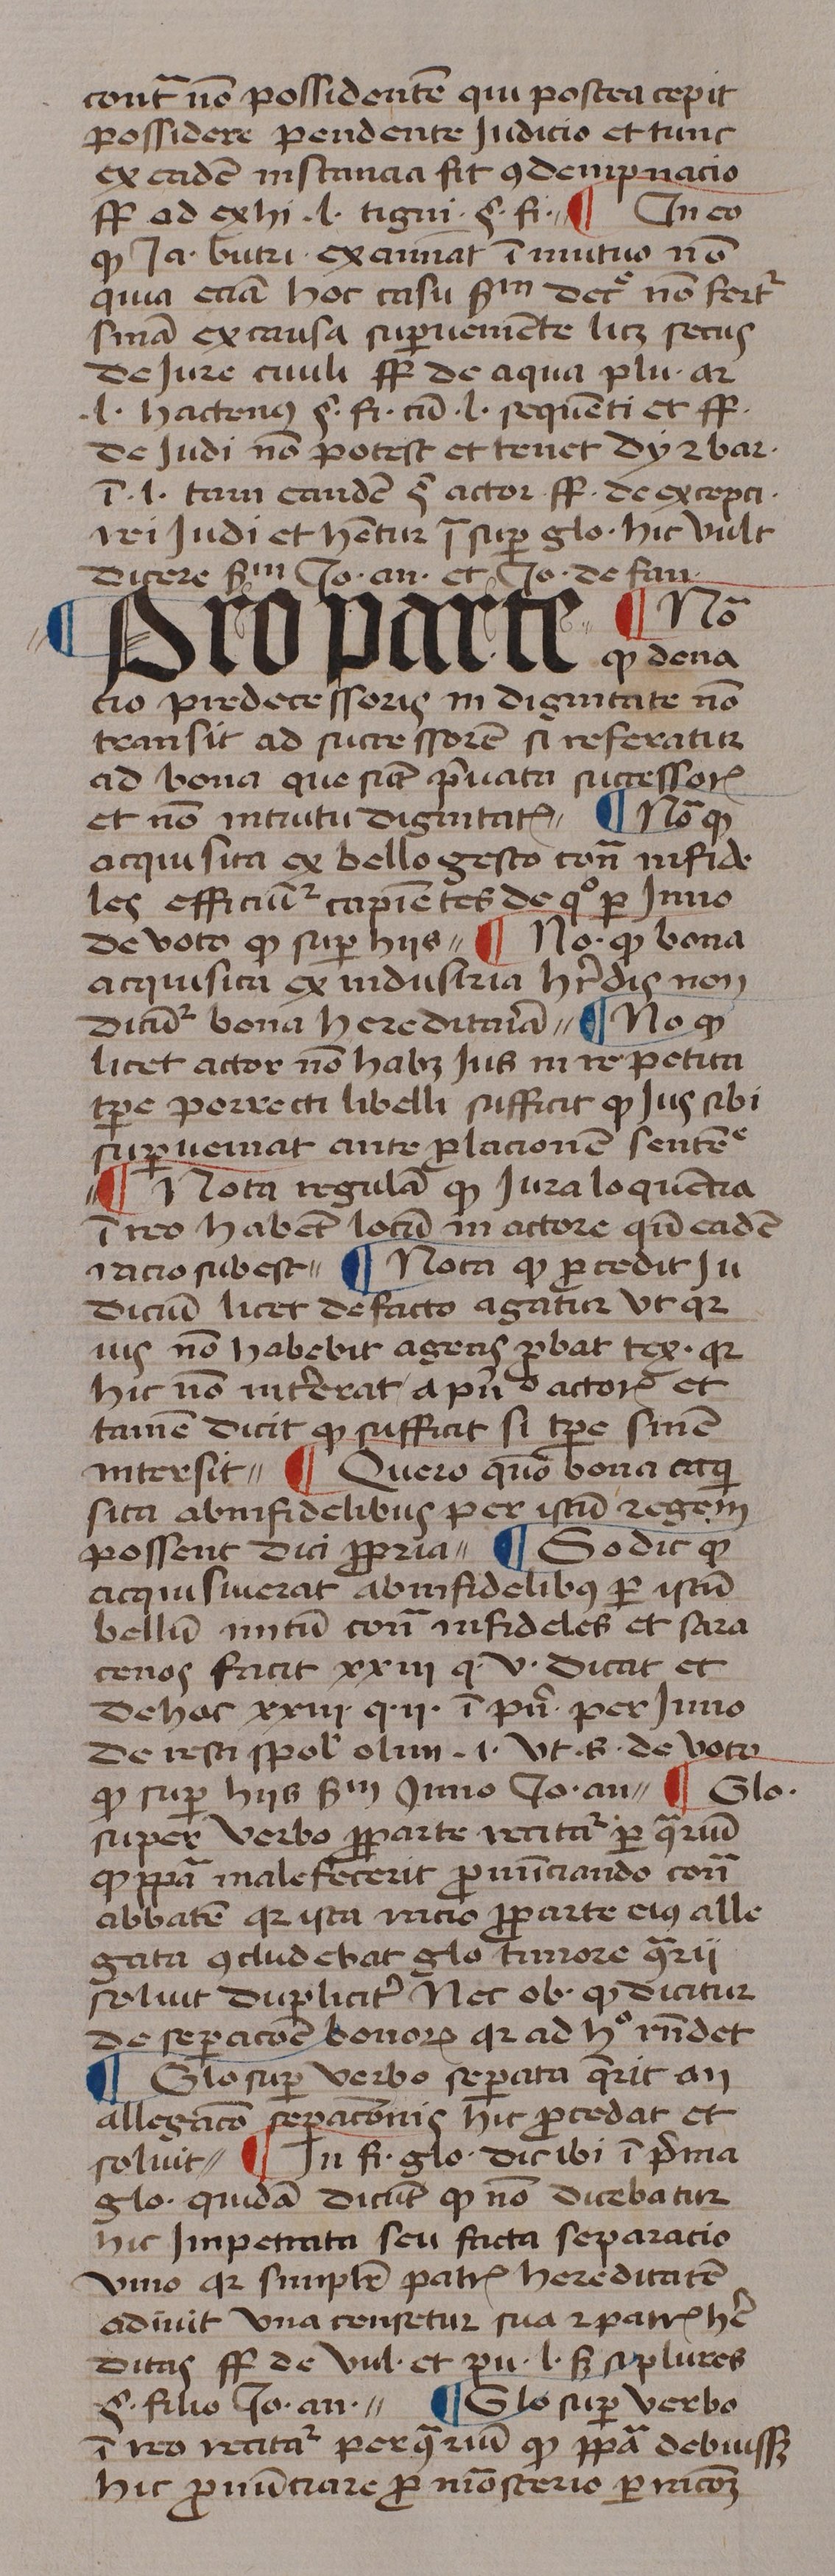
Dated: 1439–1439